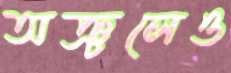
অঞ্চলেও